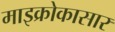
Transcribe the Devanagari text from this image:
माइक्रोकासार